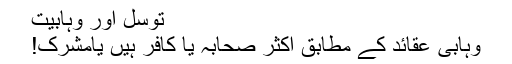
توسل اور وہابیت
وہابی عقائد کے مطابق اکثر صحابہ یا کافر ہیں یامشرک!